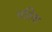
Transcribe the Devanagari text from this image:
परिवा